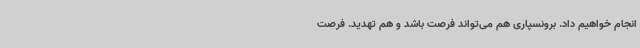
انجام خواهیم داد. برونسپاری هم می‌تواند فرصت باشد و هم تهدید. فرصت